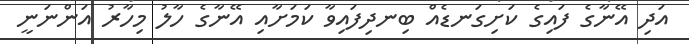
އަދި އޭނާގެ ފައިގެ ކަށިގަނޑެއް ބިނދިފައިވާ ކަމަށާއި އޭނާގެ ހާލު މިހާރު އަންނަނީ